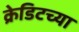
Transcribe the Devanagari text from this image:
क्रेडिटच्या